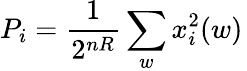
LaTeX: P_{i}={\frac{1}{2^{nR}}}\sum_{w}x_{i}^{2}(w)\,